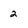
Character: 2